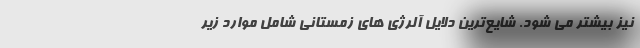
نیز بیشتر می شود. شایع‌ترین دلایل آلرژی های زمستانی شامل موارد زیر